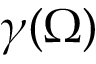
\gamma ( \Omega )